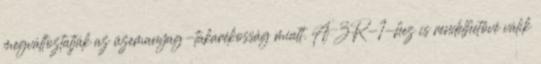
megváltoztatják az üzemanyag-takarékosság miatt. A ZR-1-hez is rendelhetővé válik